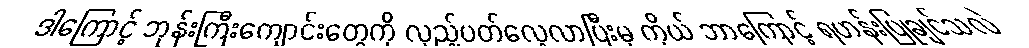
ဒါကြောင့် ဘုန်းကြီးကျောင်းတွေကို လှည့်ပတ်လေ့လာပြီးမှ ကိုယ် ဘာကြောင့် ရဟန်းပြုချင်သလဲ